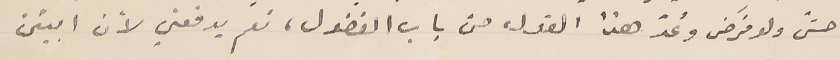
حتّى ولو فَرض وعُدّ هذا القول من باب الفضول، نعم يدفعني لأن ابيّن